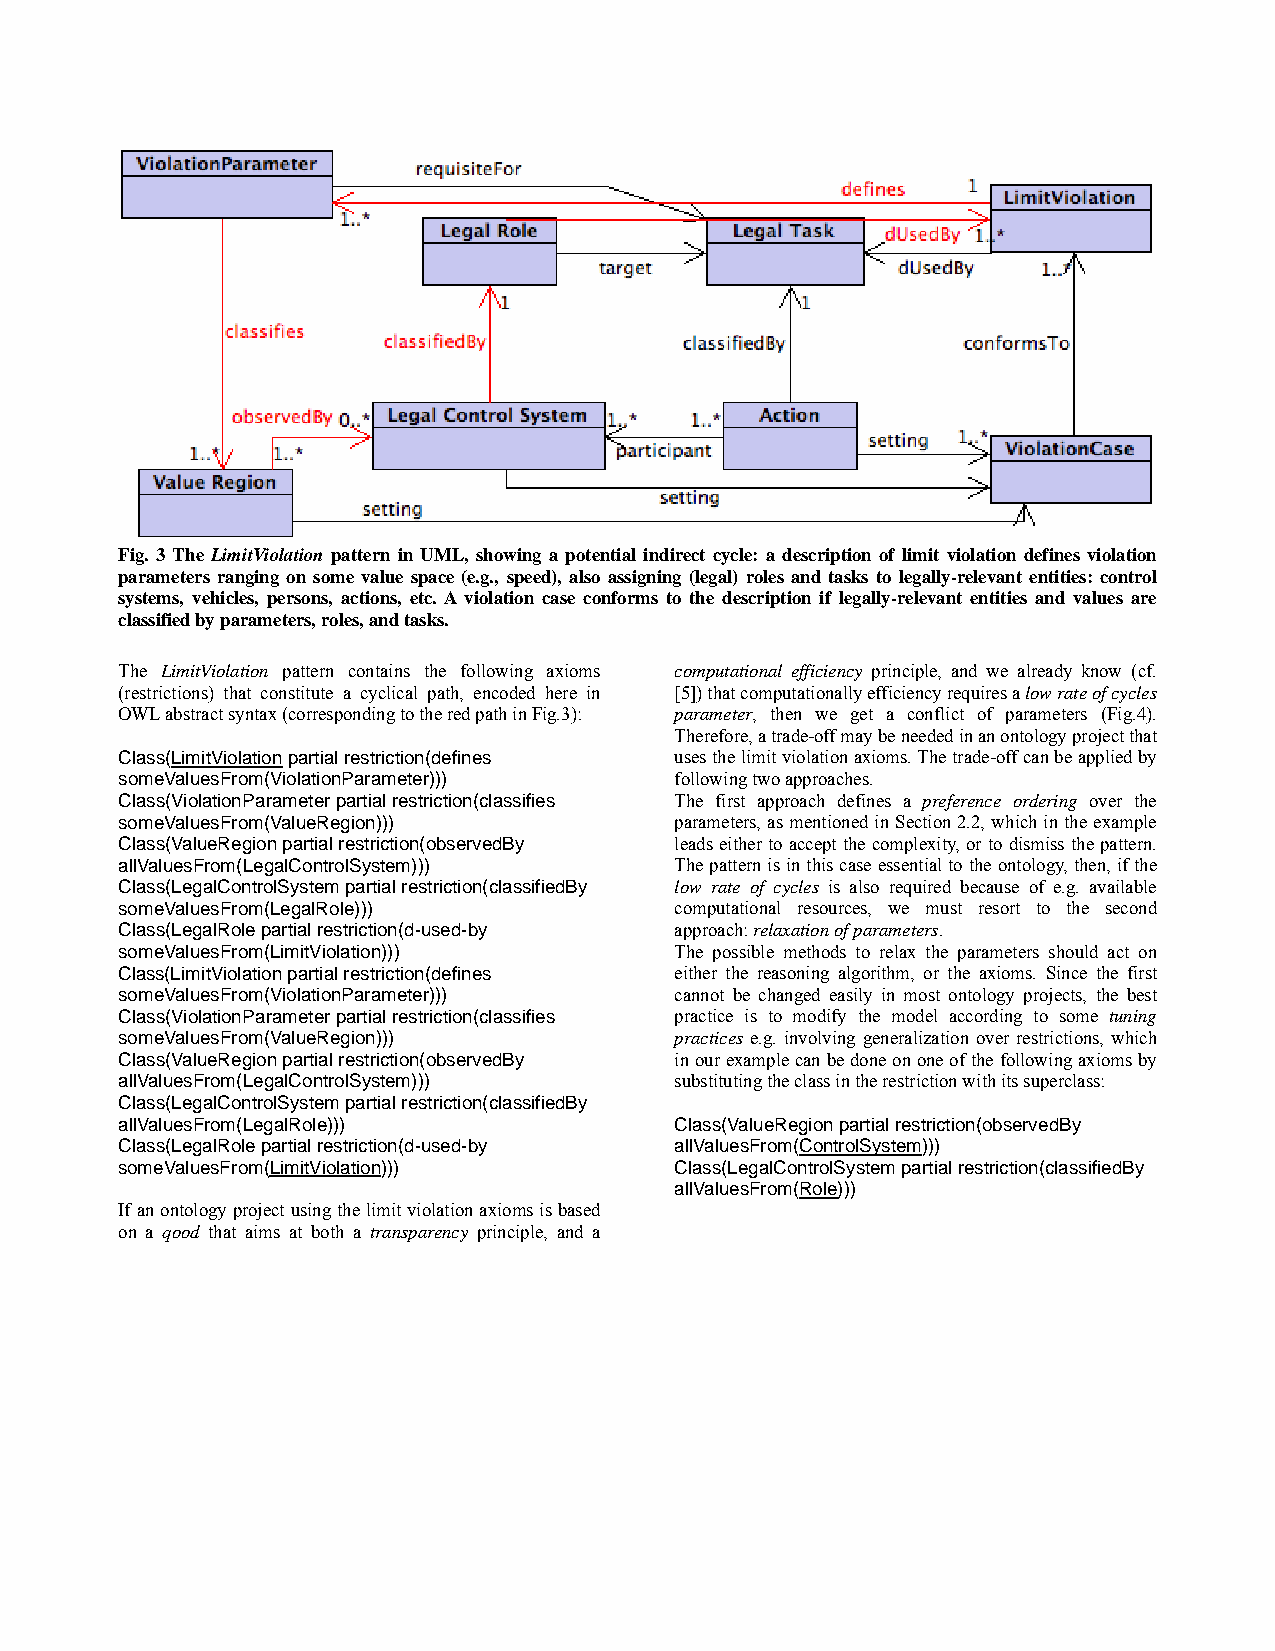
Fig. 3 The LimitViolation pattern in UML, showing a potential indirect cycle: a description of limit violation defines violation
 parameters ranging on some value space (e.g., speed), also assigning (legal) roles and tasks to legally-relevant entities: control
 systems, vehicles, persons, actions, etc. A violation case conforms to the description if legally-relevant entities and values are
 classified by parameters, roles, and tasks.
 The LimitViolation pattern contains the following axioms computational efficiency principle, and we already know (cf.
 (restrictions) that constitute a cyclical path, encoded here in [5]) that computationally efficiency requires a low rate of cycles
 OWL abstract syntax (corresponding to the red path in Fig.3): parameter, then we get a conflict of parameters (Fig.4).
 Therefore, a trade-off may be needed in an ontology project that
 Class(LimitViolation partial restriction(defines uses the limit violation axioms. The trade-off can be applied by
 someValuesFrom(ViolationParameter))) following two approaches.
 Class(ViolationParameter partial restriction(classifies The first approach defines a preference ordering over the
 someValuesFrom(ValueRegion)))        parameters, as mentioned in Section 2.2, which in the example
 Class(ValueRegion partial restriction(observedBy leads either to accept the complexity, or to dismiss the pattern.
 allValuesFrom(LegalControlSystem)))  The pattern is in this case essential to the ontology, then, if the
 Class(LegalControlSystem partial restriction(classifiedBy low rate of cycles is also required because of e.g. available
 someValuesFrom(LegalRole)))          computational resources, we must resort to the second
 Class(LegalRole partial restriction(d-used-by approach: relaxation of parameters.
 someValuesFrom(LimitViolation)))     The possible methods to relax the parameters should act on
 Class(LimitViolation partial restriction(defines either the reasoning algorithm, or the axioms. Since the first
 someValuesFrom(ViolationParameter))) cannot be changed easily in most ontology projects, the best
 Class(ViolationParameter partial restriction(classifies practice is to modify the model according to some tuning
 someValuesFrom(ValueRegion)))        practices e.g. involving generalization over restrictions, which
 Class(ValueRegion partial restriction(observedBy in our example can be done on one of the following axioms by
 allValuesFrom(LegalControlSystem)))  substituting the class in the restriction with its superclass:
 Class(LegalControlSystem partial restriction(classifiedBy
 allValuesFrom(LegalRole)))           Class(ValueRegion partial restriction(observedBy
 Class(LegalRole partial restriction(d-used-by allValuesFrom(ControlSystem)))
 someValuesFrom(LimitViolation)))     Class(LegalControlSystem partial restriction(classifiedBy
 allValuesFrom(Role)))
 If an ontology project using the limit violation axioms is based
 on a qood that aims at both a transparency principle, and a